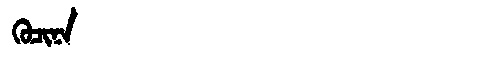
Manchu: ᡴᡠᠴᡳᠨᠠ
Romanization: KUCINA